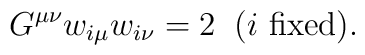
G^{\mu \nu} w_{i \mu} w_{i \nu} = 2 \; \; (\hbox{$i$ fixed}).